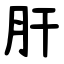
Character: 肝